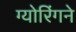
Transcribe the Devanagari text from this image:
ग्योरिंगने